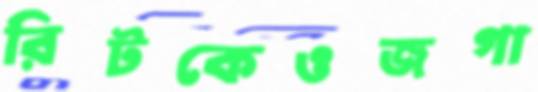
রিটকেওজগা